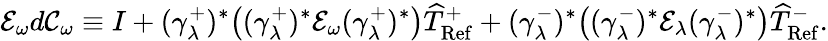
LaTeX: \mathcal E_{\omega}d\mathcal C_{\omega}\equiv I+(\gamma_{\lambda}^{+})^{*}\big((\gamma_{\lambda}^{+})^{*}\mathcal E_{\omega}(\gamma_{\lambda}^{+})^{*}\big)\widehat T_{\mathrm{Ref}}^{+}+(\gamma_{\lambda}^{-})^{*}\big((\gamma_{\lambda}^{-})^{*}\mathcal E_{\lambda}(\gamma_{\lambda}^{-})^{*}\big)\widehat T_{\mathrm{Ref}}^{-}.